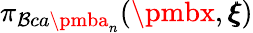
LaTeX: \pi_{\mathcal{B}ca{\pmba}_{n}}({\pmbx},{\pmb\xi})